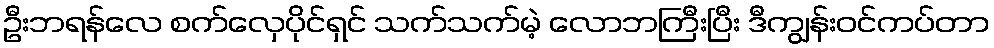
ဦးဘရန်လေ စက်လှေပိုင်ရှင် သက်သက်မဲ့ လောဘကြီးပြီး ဒီကျွန်းဝင်ကပ်တာ